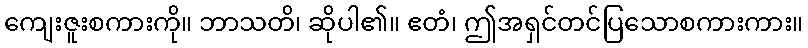
ကျေးဇူးစကားကို။ ဘာသတိ၊ ဆိုပါ၏။ ဧတံ၊ ဤအရှင်တင်ပြသောစကားကား။